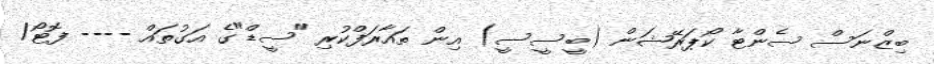
ބިޒްނަސް ސެންޓާ ކޯޕަރޭޝަން (ބީސީސީ) އިން ތައާރަފްކުރި "ސީޑް"ގެ އަގުތައް ---- ފޮޓޯ/